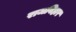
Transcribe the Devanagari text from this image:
राजविहार